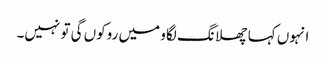
انہوں کہا چھلانگ لگاو میں روکوں گی تو نہیں۔